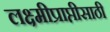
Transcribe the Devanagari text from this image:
लक्ष्मीप्राप्तीसाठी